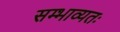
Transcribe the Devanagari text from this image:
सम्भाव्यतः